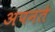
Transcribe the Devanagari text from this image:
अपनते